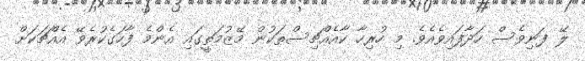
ލޭ ފަނިވެސް ހަދާފައިވެއެވެ. މި ހުރިހާ ކާއެއްޗިސްތަކުން މޭޒުމަތީގައި އެންމެ ފާހަގެކުރެވޭ އެއްޗަކަށް